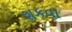
શકવા